Indian journal of veterinary science and animal husbandry - Volumes 22-23, 1952-1953
Year: 1952
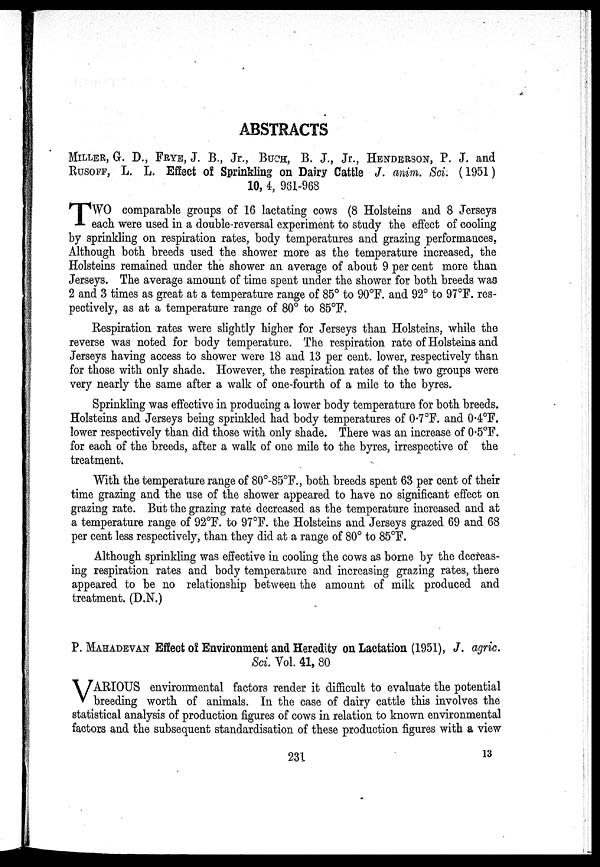
ABSTRACTS
MILLER, G. D., FRYE, J. B., Jr., BUCH, B. J., Jr., HENDERSON, P. J. and
RUSOFF, L. L. Effect of Sprinkling on Dairy Cattle J. anim. Sci. (1951)
10, 4, 961-968
T WO comparable groups of 16 lactating cows (8 Holsteins and 8 Jerseys
each were used in a double-reversal experiment to study the effect of cooling
by sprinkling on respiration rates, body temperatures and grazing performances.
Although both breeds used the shower more as the temperature increased, the
Holsteins remained under the shower an average of about 9 per cent more than
Jerseys. The average amount of time spent under the shower for both breeds was
2 and 3 times as great at a temperature range of 85° to 90°F. and 92° to 97°F. res-
pectively, as at a temperature range of 80° to 85°F.
Respiration rates were slightly higher for Jerseys than Holsteins, while the
reverse was noted for body temperature. The respiration rate of Holsteins and
Jerseys having access to shower were 18 and 13 per cent. lower, respectively than
for those with only shade. However, the respiration rates of the two groups were
very nearly the same after a walk of one-fourth of a mile to the byres.
Sprinkling was effective in producing a lower body temperature for both breeds.
Holsteins and Jerseys being sprinkled had body temperatures of 0.7°F. and 0.4°F.
lower respectively than did those with only shade. There was an increase of 0.5°F.
for each of the breeds, after a walk of one mile to the byres, irrespective of the
treatment.
With the temperature range of 80°-85°F., both breeds spent 63 per cent of their
time grazing and the use of the shower appeared to have no significant effect on
grazing rate. But the grazing rate decreased as the temperature increased and at
a temperature range of 92°F. to 97°F. the Holsteins and Jerseys grazed 69 and 68
per cent less respectively, than they did at a range of 80° to 85°F.
Although sprinkling was effective in cooling the cows as borne by the decreas-
ing respiration rates and body temperature and increasing grazing rates, there
appeared to be no relationship between the amount of milk produced and
treatment. (D.N.)
P. MAHADEVAN Effect of Environment and Heredity on Lactation (1951), J. agric.
Sci. Vol. 41, 80
V ARIOUS environmental factors render it difficult to evaluate the potential
breeding worth of animals. In the case of dairy cattle this involves the
statistical analysis of production figures of cows in relation to known environmental
factors and the subsequent standardisation of these production figures with a view
231
13